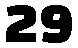
29